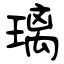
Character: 璃